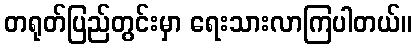
တရုတ်ပြည်တွင်းမှာ ရေးသားလာကြပါတယ်။